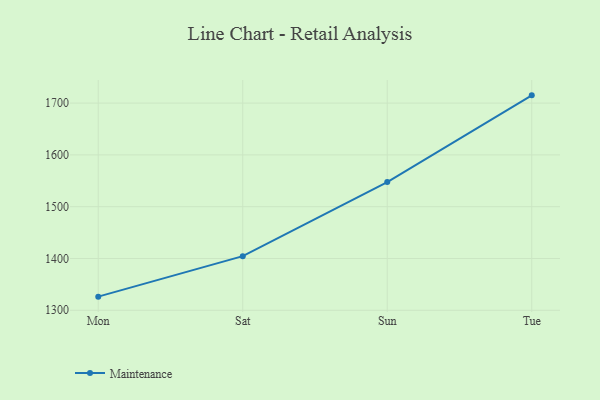
{"axis": {"x": "Day", "y": "LTV (USD)"}, "legend": ["Maintenance"], "data": [{"x": "Mon", "y": 1326.3, "type": "Maintenance"}, {"x": "Sat", "y": 1404.5, "type": "Maintenance"}, {"x": "Sun", "y": 1547.6, "type": "Maintenance"}, {"x": "Tue", "y": 1715.0, "type": "Maintenance"}]}